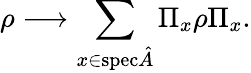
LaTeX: \rho\longrightarrow\displaystyle\sum_{x\in\mathrm{spec}{\hat{A}}}\Pi_{x}\rho\Pi_{x}.